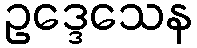
ဥဒ္ဒေသေန